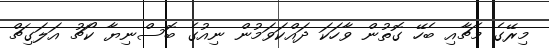
މިރޭގެ މެޗާއި ބެހޭ ގޮތުން ވާހަކަ ދައްކަވަމުން ނިއުގެ ބޮސްނިޔާ ކޯޗު އަލަގިޗް